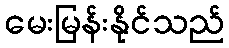
မေးမြန်းနိုင်သည်